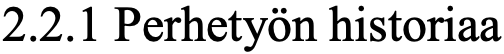
2.2.1 Perhetyön historiaa